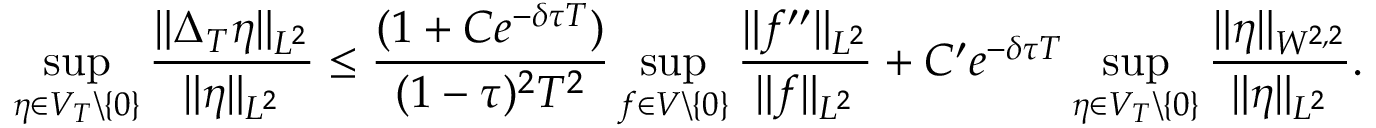
\operatorname* { s u p } _ { \eta \in V _ { T } \backslash \{ 0 \} } \frac { \| \Delta _ { T } \eta \| _ { L ^ { 2 } } } { \| \eta \| _ { L ^ { 2 } } } \leq \frac { ( 1 + C e ^ { - \delta \tau T } ) } { ( 1 - \tau ) ^ { 2 } T ^ { 2 } } \operatorname* { s u p } _ { f \in V \backslash \{ 0 \} } \frac { \| f ^ { \prime \prime } \| _ { L ^ { 2 } } } { \| f \| _ { L ^ { 2 } } } + C ^ { \prime } e ^ { - \delta \tau T } \operatorname* { s u p } _ { \eta \in V _ { T } \backslash \{ 0 \} } \frac { \| \eta \| _ { W ^ { 2 , 2 } } } { \| \eta \| _ { L ^ { 2 } } } .